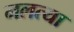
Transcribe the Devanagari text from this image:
मलत्या